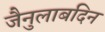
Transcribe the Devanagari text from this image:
जैनुलाबदिन